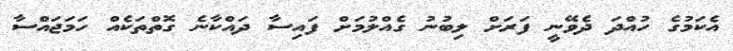
އެކަމުގެ ހުއްދަ ދެވޭނީ ފަރަށް ލިބުނު ގެއްލުމަށް ފައިސާ ދައްކާނެ ގޮތްތަކެއް ހަަމަޖައްސާ